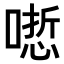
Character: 𠻯